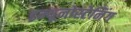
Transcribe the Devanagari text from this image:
इम्यूनोस्टेनिंग